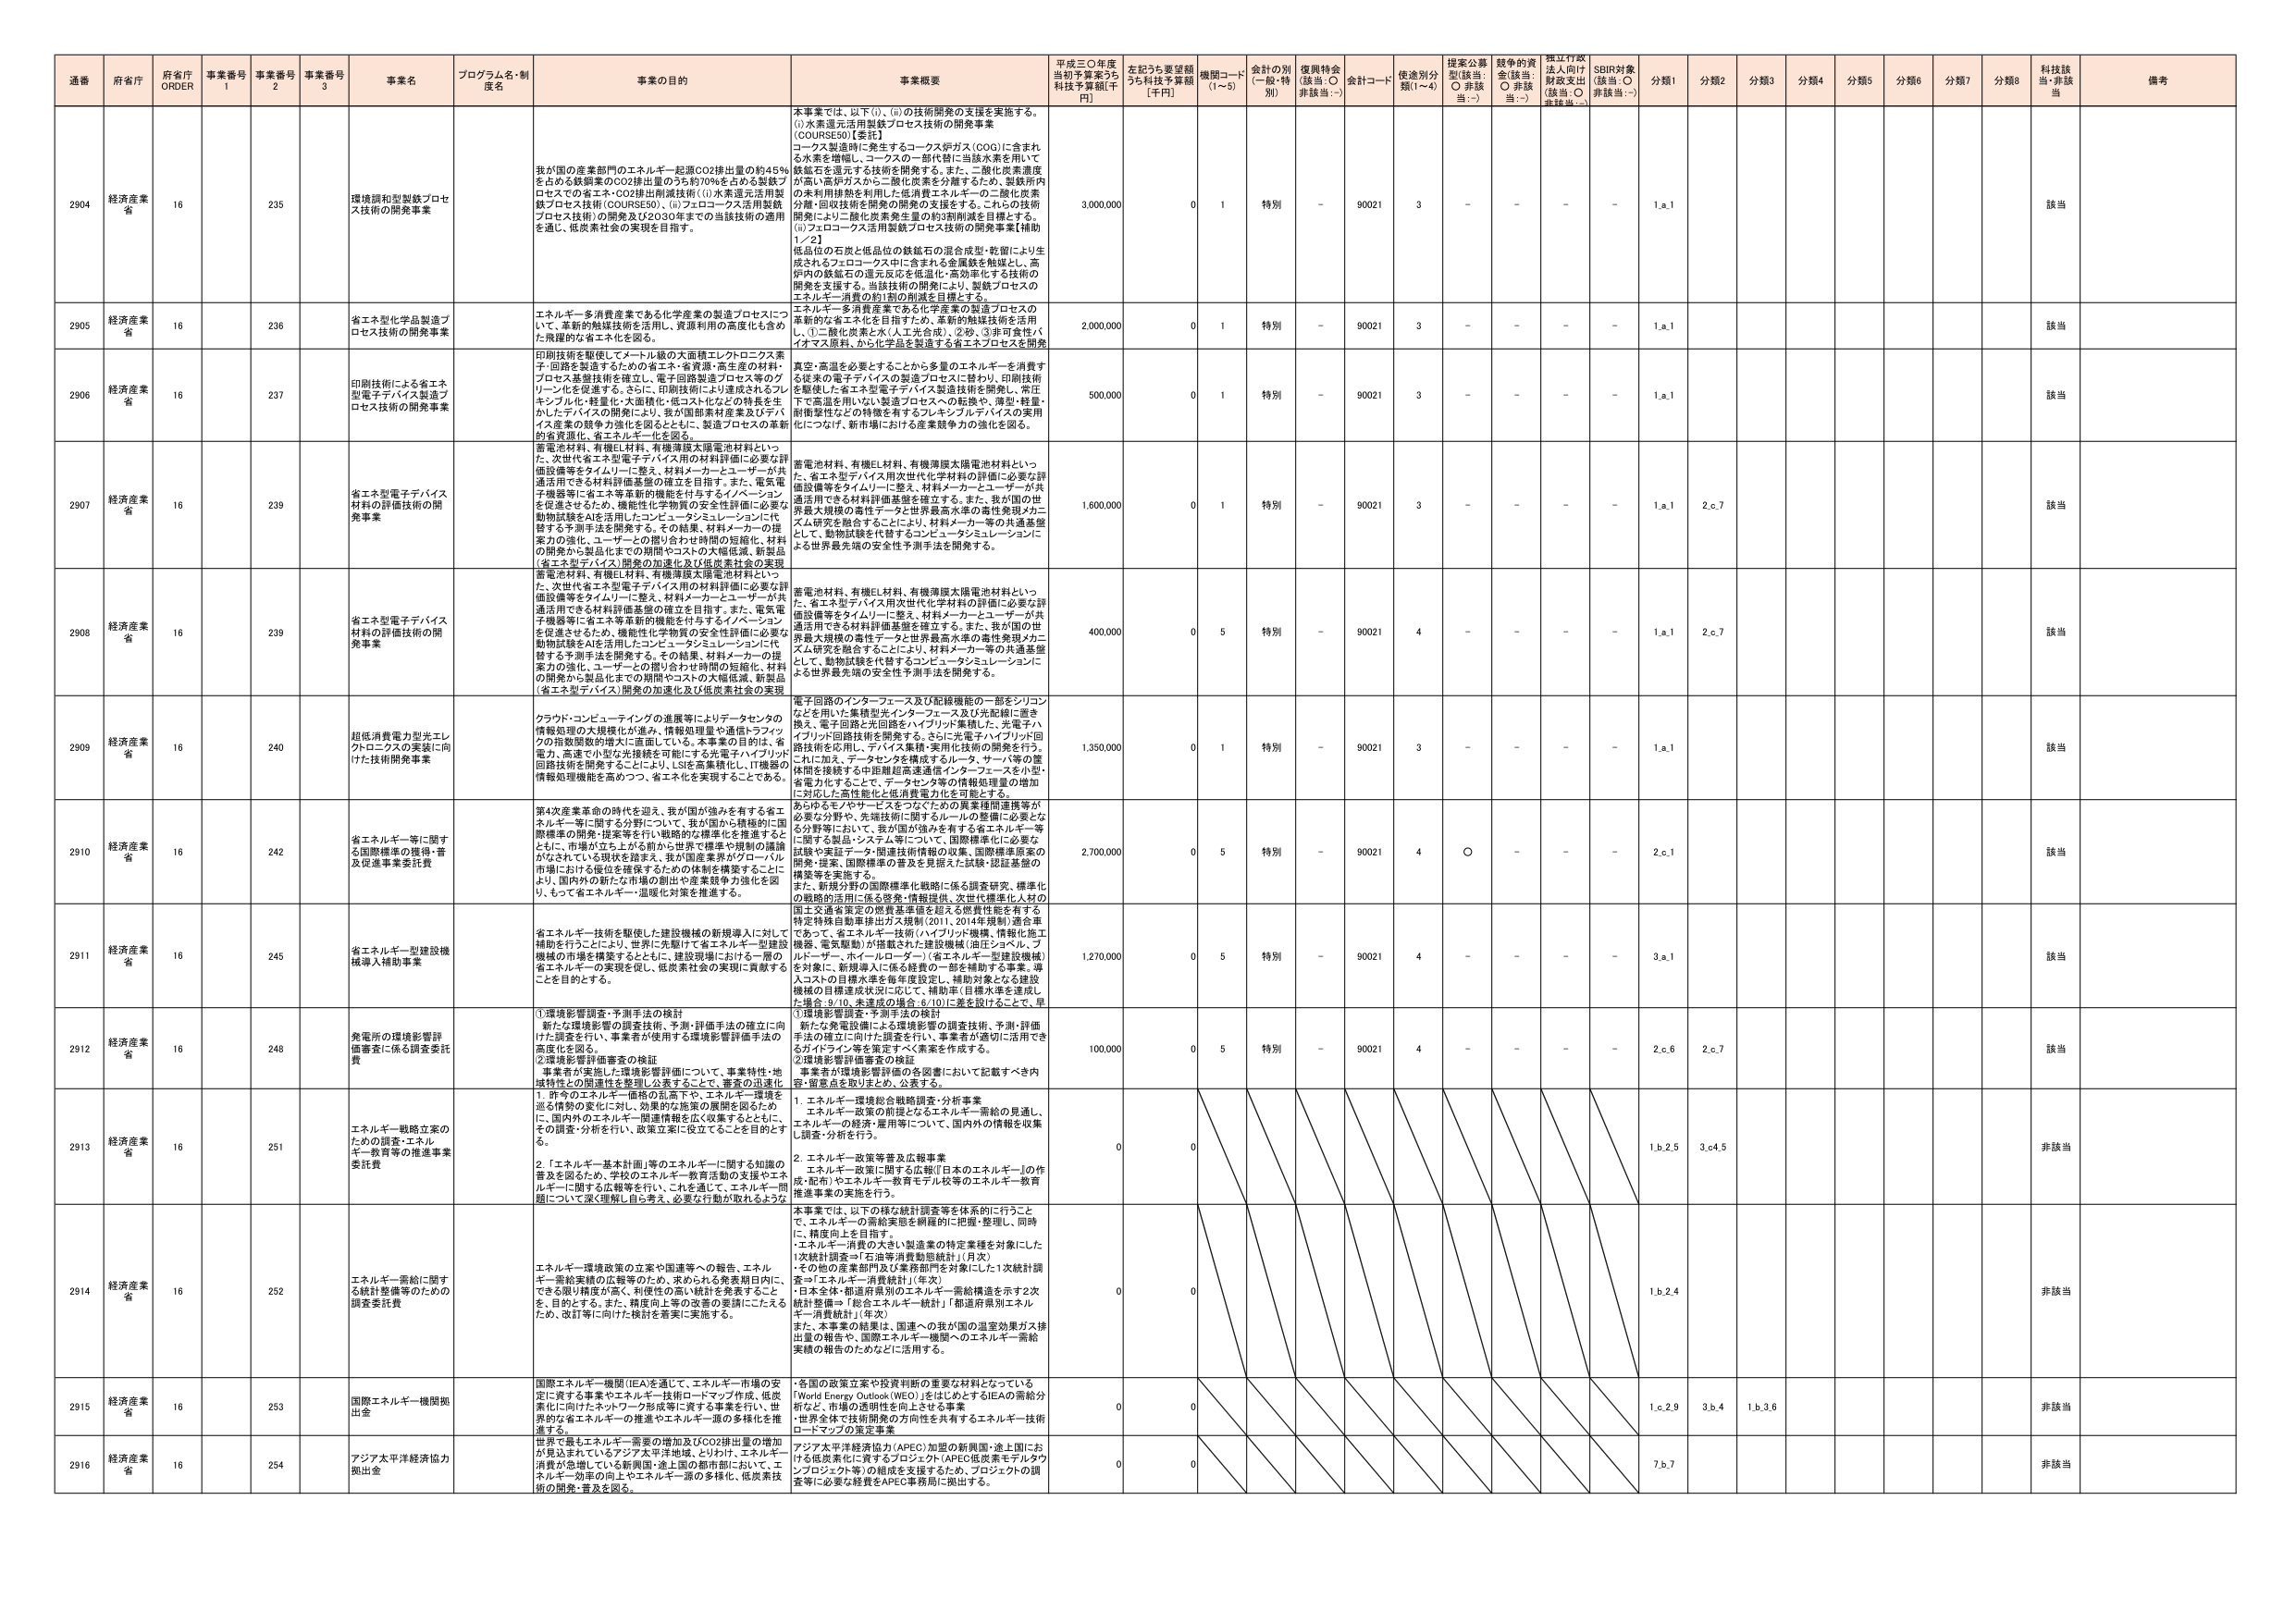
通番 府省庁 府省庁 ORDER 事業番号 1 事業番号 2 事業番号 3 事業名 プログラム名・制度名 事業の目的 事業概要 平成三〇年度当初予算案うち 科技予算額[千円] 左記うち要望額うち科技予算額[千円] 機関コード(1～5) 金計の別(一般・特別) 復興特金(該当:○ 非該当:－) 金計コード 使途別分類(1～4) 提案公募型(該当:○ 非該当:－) 競争的資金(該当:○ 非該当:－) 指定行政法人向け財政支出(該当:○ 非該当:－) SDBI対象(該当:○ 非該当:－) 分類1 分類2 分類3 分類4 分類5 分類6 分類7 分類8 科技該当・非該当 備考

2904 経済産業省 16 235 環境調和型製鉄プロセス技術の開発事業 我が国の産業部門のエネルギー超過CO2排出量の約45％を占める鉄鋼業のCO2排出量の35％の70％を占める製鉄プロセスでの省エネ・CO2排出削減技術((1)水素還元活用製鉄プロセス技術(COURSE50)、(ii)フェローコクス活用製鉄プロセス技術)の開発及び2030年までの当該技術の適用を通じ、低炭素社会の実現を目指す。 本事業では、以下(i)、(ii)の技術開発の支援を実施する。(i)水素還元活用製鉄プロセス技術の開発事業【COURSE50】【委託】コーケス製造時に発生するコークス炉ガス(COG)に含まれる水素を増幅し、コークスの一部代替に当該水素を用いて鉄鉱石を還元する技術を開発する。また、二酸化炭素濃度が高い高炉ガスから二酸化炭素を分離するため、製鉄所内の未利用排熱を活用した低消費エネルギーの二酸化炭素分離回収技術を開発の開発を支援する。これら2つ技術の開発により二酸化炭素発生量の約3割削減を目指とする。(ii)フェローコクス活用製鉄プロセス技術の開発事業【補助1／2】低品位の石炭と低品位の鉄鉱石の混合成型・乾留により生成されるフェローコクス中に含まれる金属鉄を触媒とし、高炉内の鉄鉱石の還元反応を低温化・高効率化する技術の開発を支援する。当該技術の開発により、製鉄プロセスのエネルギー消費の約1割の削減を目指とする。 3,000,000 0 1 特別 - 90021 3 - - - - 1.a.1 該当

2905 経済産業省 16 236 省エネ型化学品製造プロセス技術の開発事業 エネルギー多消費産業である化学産業の製造プロセスにつけ、革新的触媒技術を活用し、資源利用の高度化も含めた、飛躍的な省エネ化を図る。 エネルギー多消費産業である化学産業の製造プロセスの革新的な省エネ化を目指すため、革新的触媒技術を活用し、①二酸化炭素と水(人工光合成)、②砂、③非可食性バイオマス原料、から化学品を製造する省エネプロセスを開発 2,000,000 0 1 特別 - 90021 3 - - - - 1.a.1 該当

2906 経済産業省 16 237 印刷技術による省エネ型電子デバイス製造プロセス技術の開発事業 印刷技術を駆使してスマートな大面積エレクトロニクス素子・回路を製造するための省エネ・省資源・高生産の材料、プロセス基盤技術を確立し、電子回路製造プロセス等のグリーン化を促進する。さらに、印刷技術により達成されるフレキシブル化・軽量化・大面積化・低コスト化などの特長を生かしたデバイスの開発により、我が国部材産業及びデバイス産業の競争力強化を図るとともに、製造プロセスの革新的省資源化、省エネルギー化を図る。 真空・高温を必要とすることから多量のエネルギーを消費する従来の電子デバイスの製造プロセスに替わり、印刷技術を駆使した省エネ型電子デバイス製造技術を開発し、常圧下で高速を用いない製造プロセスへの転換や、薄型・軽量・耐衝撃性などの特徴を有するフレキシブルデバイスの実用化につなげ、新市場における産業競争力の強化を図る。 500,000 0 1 特別 - 90021 3 - - - - 1.a.1 該当

2907 経済産業省 16 239 省エネ型電子デバイス材料の評価技術の開発事業 蓄電池材料、有機EL材料、有機薄膜太陽電池材料といった、次世代省エネ型電子デバイス用の材料評価に必要な評価設備等をタイムリーに整え、材料メーカーとユーザーが共通活用できる材料評価基盤の確立を目指す。また、電気電子機器等に省エネ等革新的機能を付与するイノベーションを促進させるため、機能性化学物質の安全全評価に必要な動物試験をAIを活用したコンピュータシミュレーションに代替する予測手法を開発する。その結果、材料メーカーの提案力の強化、ユーザーとの関り合わせ時間の短縮化、材料の開発から製品化までの期間やコストの大幅低減、新製品(省エネ型デバイス)開発の加速化及び低炭素社会の実現 蓄電池材料、有機EL材料、有機薄膜太陽電池材料といった、省エネ型デバイス用次世代化学材料の評価に必要な評価設備等をタイムリーに整え、材料メーカーとユーザーが共通活用できる材料評価基盤を確立する。また、我が国の世界最大規模の毒性データと世界最高水準の毒性発現メカニズム研究を融合することにより、材料メーカー等の共通基盤として、動物試験を代替するコンピュータシミュレーションによる世界最先端の安全性予測手法を開発する。 1,600,000 0 1 特別 - 90021 3 - - - - 1.a.1 2.c.7 該当

2908 経済産業省 16 239 省エネ型電子デバイス材料の評価技術の開発事業 蓄電池材料、有機EL材料、有機薄膜太陽電池材料といった、次世代省エネ型電子デバイス用の材料評価に必要な評価設備等をタイムリーに整え、材料メーカーとユーザーが共通活用できる材料評価基盤の確立を目指す。また、電気電子機器等に省エネ等革新的機能を付与するイノベーションを促進させるため、機能性化学物質の安全全評価に必要な動物試験をAIを活用したコンピュータシミュレーションに代替する予測手法を開発する。その結果、材料メーカーの提案力の強化、ユーザーとの関り合わせ時間の短縮化、材料の開発から製品化までの期間やコストの大幅低減、新製品(省エネ型デバイス)開発の加速化及び低炭素社会の実現 蓄電池材料、有機EL材料、有機薄膜太陽電池材料といった、省エネ型デバイス用次世代化学材料の評価に必要な評価設備等をタイムリーに整え、材料メーカーとユーザーが共通活用できる材料評価基盤を確立する。また、我が国の世界最大規模の毒性データと世界最高水準の毒性発現メカニズム研究を融合することにより、材料メーカー等の共通基盤として、動物試験を代替するコンピュータシミュレーションによる世界最先端の安全性予測手法を開発する。 400,000 0 5 特別 - 90021 4 - - - - 1.a.1 2.c.7 該当

2909 経済産業省 16 240 超低消費電力型光エレクトロニクスの実現に向けた技術開発事業 クラウド・コンピューティングの進展等によりデータ・センタの情報処理の大規模化が進み、情報処理量や通信トラフィック指数関数的増大に直面している。本事業の目的は、省電力、高速で小型な光接続を可能にする光電子ハイブリッド回路技術を開発することにより、LSIを密集化し、IT機器の情報処理機能を高めつつ、省エネ化を実現することである。 電子回路のインターフェース及び配線機能の一部をシリコンなどを用いた集積型光インターフェース及び光配線に置き換え、電子回路と光回路をハイブリッド集積した、光電子ハイブリッド回路技術を開発する。さらに光電子ハイブリッド回路技術を応用し、デバイス集積・実用化技術の開発を行う。これに加え、データセンタを構成するルータ、サーバ等の筐体間を接続する中距離超高速通信インターフェースを小型・省電力化することで、データセンタ等の情報処理量の増加に対応した高性能化と低消費電力化を可能とする。 1,350,000 0 1 特別 - 90021 3 - - - - 1.a.1 該当

2910 経済産業省 16 242 省エネルギー等に関する国際標準の整備・普及促進事業委託費 第4次産業革命の時代を迎え、我が国が強みを有する省エネルギー等に関する分野について、我が国から積極的に国際標準の開発・提案等を行い戦略的な標準化を推進するとともに、市場が立ち上がる前から世界で標準や規制の議論がなされている現状を踏まえ、我が国産業界がグローバル市場における優位を確保するための体制を構築することにより、国内外の新たな市場の創出や産業競争力強化を図り、もって省エネルギー・温暖化対策を推進する。 あらゆるモノやサービスをつなぐための異業種間連携等が必要な分野や、先端技術に関するルールの整備に必要となる分野等において、我が国が強みを有する省エネルギー等に関する製品・システム等について、国際標準化に必要な試験や実証データ・関連技術情報の収集、国際標準原案の開発・提案、国際標準の普及を見据えた試験・認証基盤の構築等を実施する。また、新規分野の国際標準化戦略に係る調査研究、標準化の戦略的活用に係る啓発・情報提供、次世代標準化人材の国士交通省策定の燃費基準値を超える燃費性能を有する特定特殊自動車排出ガス規制(2011、2014年規制)適合車であって、省エネルギー技術(ハイブリッド機械、情報化施工機器、電気駆動)が搭載された建設機械(油圧シリンダ、プルローダー(省エネルギー)、省エネルギー型建設機械)を対象に、新規導入に係る経費の一部を補助する事業。導入コストの目標水準を毎年度設定し、補助対象となる建設機械の目標達成状況に応じて、補助率(目標水準を達成した場合：9/10、未達成の場合：3/10)に差を設けることで、早 2,700,000 0 5 特別 - 90021 4 ○ - - - 2.c.1 該当

2911 経済産業省 16 245 省エネルギー型建設機械導入補助事業 省エネルギー技術を駆使した建設機械の新規導入に対して補助を行うことにより、世界に貢献する省エネルギー型建設機械の市場を構築するとともに、建設現場における二酸化炭素エネルギーの実現を促し、低炭素社会の実現に貢献することを目的とする。 1,270,000 0 5 特別 - 90021 4 - - - - 3.a.1 該当

2912 経済産業省 16 248 発電所の環境影響評価審査に係る調査委託費 ①環境影響調査・予測手法の検討新たな環境影響の調査技術、予測・評価手法の確立に向けた調査を行い、事業者が使用する環境影響評価手法の高度化を図る。②環境影響評価審査の検証事業者が実施した環境影響評価について、事業特性・地域特性との関連性を整理し公表することで、審査の迅速化 ①環境影響調査・予測手法の検討新たな発電設備による環境影響の調査技術、予測・評価手法の確立に向けた調査を行い、事業者が適切に活用できるガイドライン等を策定すべく素案を作成する。②環境影響評価審査の検証事業者が環境影響評価の各図書において記載すべき内容・留意点を取りまとめ、公表する。 100,000 0 5 特別 - 90021 4 - - - - 2.c.6 2.c.7 該当

2913 経済産業省 16 251 エネルギー戦略立案のための調査・エネルギー教育等の推進事業委託費 1．昨今のエネルギー価格の乱高下や、エネルギー環境を巡る情勢の変化に対し、効果的な施策の展開を図るため、国内外のエネルギー関連情報を広く収集するとともに、その調査・分析を行い、政策立案に役立てることを目的とする。2．「エネルギー基本計画」等のエネルギーに関する知識の普及を図るため、学校のエネルギー教育活動の支援やエネルギーに関する広報等を行い、これを通じて、エネルギー問題について深く理解し自ら考え、必要な行動が取れるような 1．エネルギー環境総合戦略調査・分析事業エネルギー政策の前提となるエネルギー需給の見通し、エネルギーの経済・雇用等について、国内外の情報を収集し調査・分析を行う。2．エネルギー政策等普及広報事業エネルギー政策に関する広報(『日本のエネルギー』の作成・配布)やエネルギー教育モデル校等のエネルギー教育推進事業の実施を行う。 0 0 1.b.2.9 3.c.4.5 非該当

2914 経済産業省 16 252 エネルギー需給に関する統計整備等のための調査委託費 エネルギー環境政策の立案や国連等への報告、エネルギー需給実績の広報等のため、求められる発表期日内に、できる限り精度が高く、利便性の高い統計を発表することを、目的とする。また、精度向上等の改善の要請にたたえるため、改訂等に向けた検討を着実に実施する。 本事業では、以下の様な統計調査等を体系的に行うことで、エネルギーの需給実態を網羅的に把握・整理し、同時に、精度向上を目指す。・エネルギー消費の大きい製造業の特定業種を対象にした1次統計調査→「石油等消費動態統計」(月次)・その他の産業部門及び業務部門を対象にした1次統計調査→「エネルギー消費統計」(年次)・日本全体・都道府県別のエネルギー需給構造を示す2次統計整備→「総合エネルギー統計」「都道府県別エネルギー消費統計」(年次)また、本事業の結果は、国連への我が国の温室効果ガス排出量の報告や、国際エネルギー機関へのエネルギー需給実績の報告のためなどに活用する。 0 0 1.b.2.4 非該当

2915 経済産業省 16 253 国際エネルギー機関拠出金 国際エネルギー機関(IEA)を通じて、エネルギー市場の安定に資する事業やエネルギー技術ロードマップ作成、低炭素化に向けたネットワーク形成等に資する事業を行い、世界的な省エネルギーの推進やエネルギー源の多様化を推進する。 ・各国の政策立案や投資判断の重要な材料となっている「World Energy Outlook(WEO)」をはじめとするIEAの需給分析など、市場の透明性を向上させる事業・世界全体で技術開発の方向性を共有するエネルギー技術ロードマップの策定事業 0 0 1.c.2.9 3.b.4 1.b.3.6 非該当

2916 経済産業省 16 254 アジア太平洋経済協力拠出金 世界で最もエネルギー需要の増加及びCO2排出量の増加が見込まれているアジア太平洋地域、とりわけ、エネルギー消費が急増している新興国・途上国の都市部において、エネルギー効率の向上やエネルギー源の多様化、低炭素技術の開発・普及を図る。 アジア太平洋経済協力(APEC)加盟の新興国・途上国における低炭素化に資するプロジェクト(APEC低炭素モデルタウンプロジェクト等)の組成を支援するため、プロジェクトの調査等に必要な経費をAPEC事務局に拠出する。 0 0 7.b.7 非該当